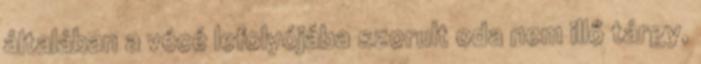
általában a vécé lefolyójába szorult oda nem illő tárgy,